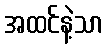
အထင်နဲ့သာ